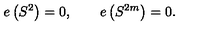
e \left( S ^ { 2 } \right) = 0 , \qquad e \left( S ^ { 2 m } \right) = 0 .